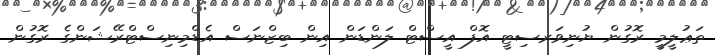
ތަޢުލީމީ ރޮގުން ޔުނިވަރސިޓީ އޮފް އީސްޓް ލަންޑަން އިން ބިޒްނަސް އެޑްމިނިސްޓްރޭޝަންގެ ރޮގުން